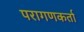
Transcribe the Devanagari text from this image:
परागणकर्ता